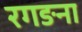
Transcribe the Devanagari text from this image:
रगङना